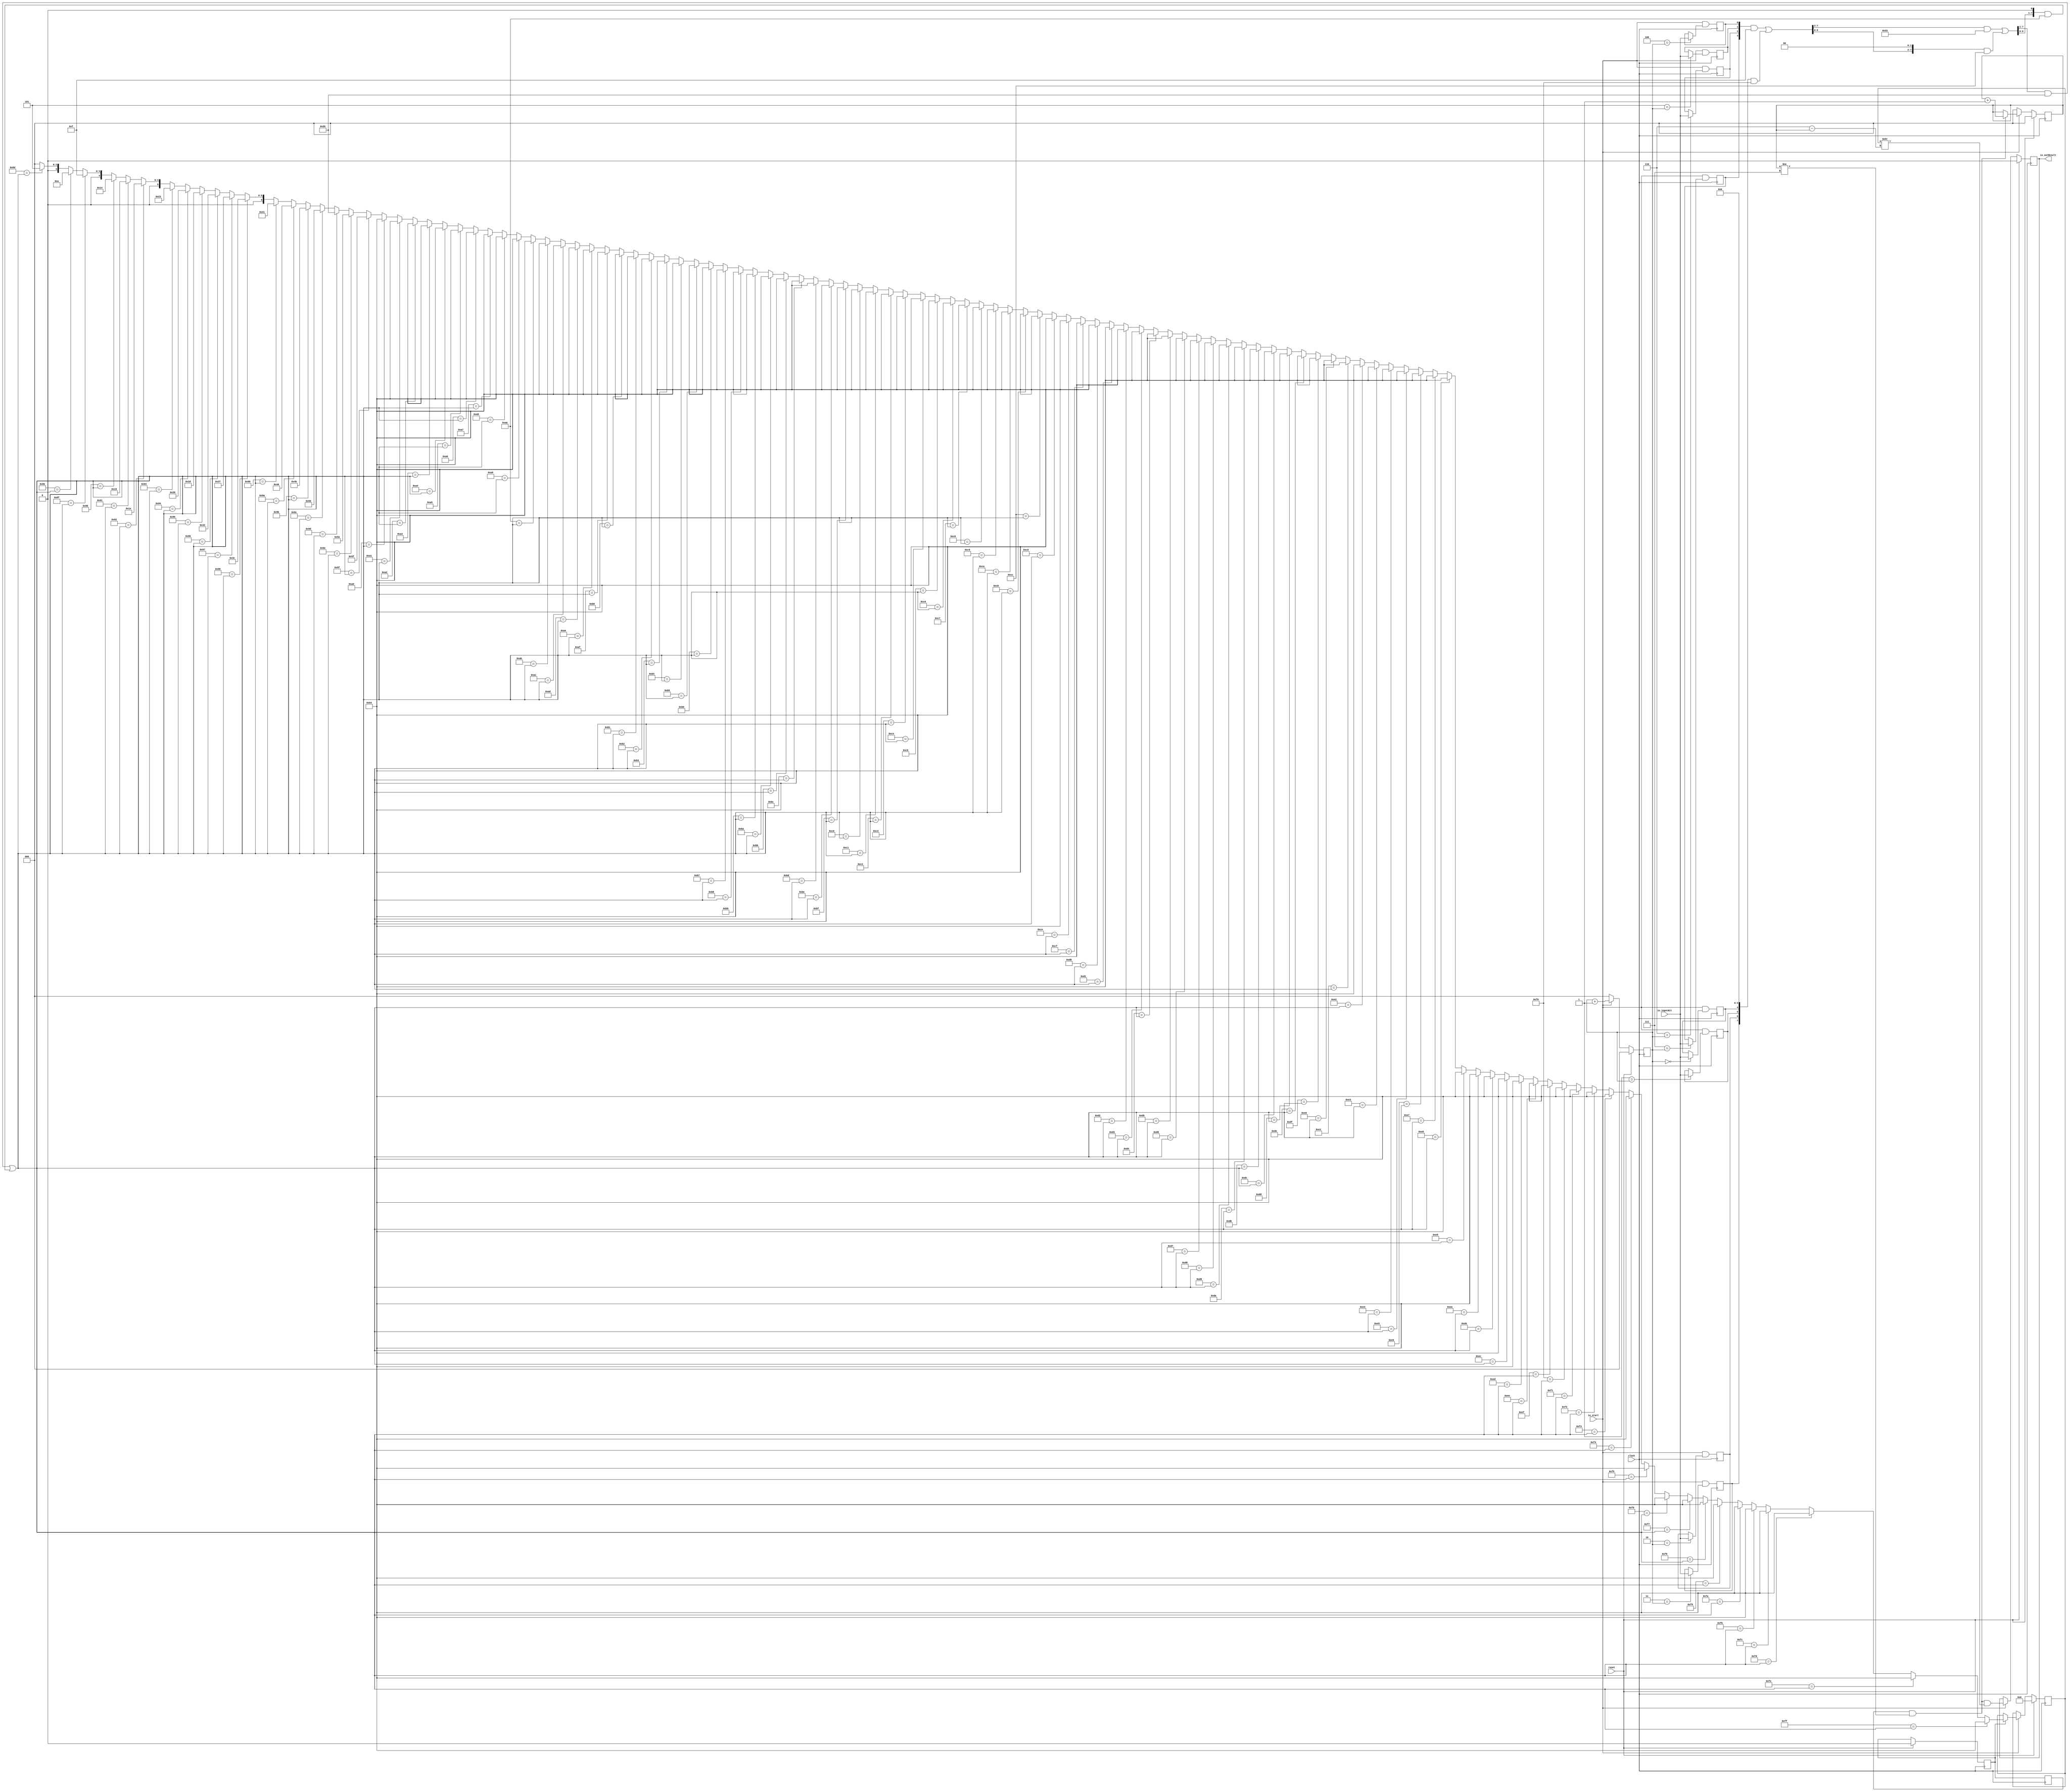
module LutMembershipFunctionOnline2_9(
  input   clock,
  input   reset,
  input   io_start,
  input   io_inputBit,
  output  io_outResult
);
  reg  buffer_0; // @[lut_mem_online2.scala 76:19]
  reg  buffer_1; // @[lut_mem_online2.scala 76:19]
  reg  buffer_2; // @[lut_mem_online2.scala 76:19]
  reg  buffer_3; // @[lut_mem_online2.scala 76:19]
  reg  buffer_4; // @[lut_mem_online2.scala 76:19]
  reg  buffer_5; // @[lut_mem_online2.scala 76:19]
  reg  buffer_6; // @[lut_mem_online2.scala 76:19]
  reg  buffer_7; // @[lut_mem_online2.scala 76:19]
  reg [6:0] outputBuffer; // @[lut_mem_online2.scala 77:29]
  reg [2:0] counter; // @[lut_mem_online2.scala 79:24]
  reg [2:0] outputCounter; // @[lut_mem_online2.scala 80:30]
  reg  isPassedDelta; // @[lut_mem_online2.scala 82:30]
  reg  isOutputValid; // @[lut_mem_online2.scala 83:30]
  reg  outResult; // @[lut_mem_online2.scala 86:26]
  wire [3:0] _GEN_309 = {{1'd0}, counter}; // @[lut_mem_online2.scala 114:22]
  wire  _GEN_0 = _GEN_309 == 4'ha | isPassedDelta; // @[lut_mem_online2.scala 114:35 115:25 82:30]
  wire  _T_3 = _GEN_309 != 4'h8; // @[lut_mem_online2.scala 121:22]
  wire  _GEN_1 = 3'h0 == counter ? io_inputBit : buffer_0; // @[lut_mem_online2.scala 123:{27,27} 76:19]
  wire  _GEN_2 = 3'h1 == counter ? io_inputBit : buffer_1; // @[lut_mem_online2.scala 123:{27,27} 76:19]
  wire  _GEN_3 = 3'h2 == counter ? io_inputBit : buffer_2; // @[lut_mem_online2.scala 123:{27,27} 76:19]
  wire  _GEN_4 = 3'h3 == counter ? io_inputBit : buffer_3; // @[lut_mem_online2.scala 123:{27,27} 76:19]
  wire  _GEN_5 = 3'h4 == counter ? io_inputBit : buffer_4; // @[lut_mem_online2.scala 123:{27,27} 76:19]
  wire  _GEN_6 = 3'h5 == counter ? io_inputBit : buffer_5; // @[lut_mem_online2.scala 123:{27,27} 76:19]
  wire  _GEN_7 = 3'h6 == counter ? io_inputBit : buffer_6; // @[lut_mem_online2.scala 123:{27,27} 76:19]
  wire  _GEN_8 = 3'h7 == counter ? io_inputBit : buffer_7; // @[lut_mem_online2.scala 123:{27,27} 76:19]
  wire  _T_5 = ~reset; // @[lut_mem_online2.scala 127:19]
  wire [2:0] _counter_T_1 = counter + 3'h1; // @[lut_mem_online2.scala 137:30]
  wire  _GEN_9 = _GEN_309 != 4'h8 ? _GEN_1 : buffer_0; // @[lut_mem_online2.scala 121:38 76:19]
  wire  _GEN_10 = _GEN_309 != 4'h8 ? _GEN_2 : buffer_1; // @[lut_mem_online2.scala 121:38 76:19]
  wire  _GEN_11 = _GEN_309 != 4'h8 ? _GEN_3 : buffer_2; // @[lut_mem_online2.scala 121:38 76:19]
  wire  _GEN_12 = _GEN_309 != 4'h8 ? _GEN_4 : buffer_3; // @[lut_mem_online2.scala 121:38 76:19]
  wire  _GEN_13 = _GEN_309 != 4'h8 ? _GEN_5 : buffer_4; // @[lut_mem_online2.scala 121:38 76:19]
  wire  _GEN_14 = _GEN_309 != 4'h8 ? _GEN_6 : buffer_5; // @[lut_mem_online2.scala 121:38 76:19]
  wire  _GEN_15 = _GEN_309 != 4'h8 ? _GEN_7 : buffer_6; // @[lut_mem_online2.scala 121:38 76:19]
  wire  _GEN_16 = _GEN_309 != 4'h8 ? _GEN_8 : buffer_7; // @[lut_mem_online2.scala 121:38 76:19]
  wire [7:0] _tempCurrentBuf_T = {buffer_7,buffer_6,buffer_5,buffer_4,buffer_3,buffer_2,buffer_1,buffer_0}; // @[lut_mem_online2.scala 145:47]
  wire [7:0] _GEN_311 = {{4'd0}, _tempCurrentBuf_T[7:4]}; // @[Bitwise.scala 108:31]
  wire [7:0] _tempCurrentBuf_T_4 = _GEN_311 & 8'hf; // @[Bitwise.scala 108:31]
  wire [7:0] _tempCurrentBuf_T_6 = {_tempCurrentBuf_T[3:0], 4'h0}; // @[Bitwise.scala 108:70]
  wire [7:0] _tempCurrentBuf_T_8 = _tempCurrentBuf_T_6 & 8'hf0; // @[Bitwise.scala 108:80]
  wire [7:0] _tempCurrentBuf_T_9 = _tempCurrentBuf_T_4 | _tempCurrentBuf_T_8; // @[Bitwise.scala 108:39]
  wire [7:0] _GEN_312 = {{2'd0}, _tempCurrentBuf_T_9[7:2]}; // @[Bitwise.scala 108:31]
  wire [7:0] _tempCurrentBuf_T_14 = _GEN_312 & 8'h33; // @[Bitwise.scala 108:31]
  wire [7:0] _tempCurrentBuf_T_16 = {_tempCurrentBuf_T_9[5:0], 2'h0}; // @[Bitwise.scala 108:70]
  wire [7:0] _tempCurrentBuf_T_18 = _tempCurrentBuf_T_16 & 8'hcc; // @[Bitwise.scala 108:80]
  wire [7:0] _tempCurrentBuf_T_19 = _tempCurrentBuf_T_14 | _tempCurrentBuf_T_18; // @[Bitwise.scala 108:39]
  wire [7:0] _GEN_313 = {{1'd0}, _tempCurrentBuf_T_19[7:1]}; // @[Bitwise.scala 108:31]
  wire [7:0] _tempCurrentBuf_T_24 = _GEN_313 & 8'h55; // @[Bitwise.scala 108:31]
  wire [7:0] _tempCurrentBuf_T_26 = {_tempCurrentBuf_T_19[6:0], 1'h0}; // @[Bitwise.scala 108:70]
  wire [7:0] _tempCurrentBuf_T_28 = _tempCurrentBuf_T_26 & 8'haa; // @[Bitwise.scala 108:80]
  wire [7:0] tempCurrentBuf = _tempCurrentBuf_T_24 | _tempCurrentBuf_T_28; // @[Bitwise.scala 108:39]
  wire [6:0] _GEN_159 = 8'h8d == tempCurrentBuf ? 7'h5 : 7'h0; // @[lut_mem_online2.scala 148:{24,24}]
  wire [6:0] _GEN_160 = 8'h8e == tempCurrentBuf ? 7'ha : _GEN_159; // @[lut_mem_online2.scala 148:{24,24}]
  wire [6:0] _GEN_161 = 8'h8f == tempCurrentBuf ? 7'hf : _GEN_160; // @[lut_mem_online2.scala 148:{24,24}]
  wire [6:0] _GEN_162 = 8'h90 == tempCurrentBuf ? 7'h14 : _GEN_161; // @[lut_mem_online2.scala 148:{24,24}]
  wire [6:0] _GEN_163 = 8'h91 == tempCurrentBuf ? 7'h19 : _GEN_162; // @[lut_mem_online2.scala 148:{24,24}]
  wire [6:0] _GEN_164 = 8'h92 == tempCurrentBuf ? 7'h1e : _GEN_163; // @[lut_mem_online2.scala 148:{24,24}]
  wire [6:0] _GEN_165 = 8'h93 == tempCurrentBuf ? 7'h23 : _GEN_164; // @[lut_mem_online2.scala 148:{24,24}]
  wire [6:0] _GEN_166 = 8'h94 == tempCurrentBuf ? 7'h28 : _GEN_165; // @[lut_mem_online2.scala 148:{24,24}]
  wire [6:0] _GEN_167 = 8'h95 == tempCurrentBuf ? 7'h2d : _GEN_166; // @[lut_mem_online2.scala 148:{24,24}]
  wire [6:0] _GEN_168 = 8'h96 == tempCurrentBuf ? 7'h32 : _GEN_167; // @[lut_mem_online2.scala 148:{24,24}]
  wire [6:0] _GEN_169 = 8'h97 == tempCurrentBuf ? 7'h37 : _GEN_168; // @[lut_mem_online2.scala 148:{24,24}]
  wire [6:0] _GEN_170 = 8'h98 == tempCurrentBuf ? 7'h3c : _GEN_169; // @[lut_mem_online2.scala 148:{24,24}]
  wire [6:0] _GEN_171 = 8'h99 == tempCurrentBuf ? 7'h41 : _GEN_170; // @[lut_mem_online2.scala 148:{24,24}]
  wire [6:0] _GEN_172 = 8'h9a == tempCurrentBuf ? 7'h46 : _GEN_171; // @[lut_mem_online2.scala 148:{24,24}]
  wire [6:0] _GEN_173 = 8'h9b == tempCurrentBuf ? 7'h4b : _GEN_172; // @[lut_mem_online2.scala 148:{24,24}]
  wire [6:0] _GEN_174 = 8'h9c == tempCurrentBuf ? 7'h50 : _GEN_173; // @[lut_mem_online2.scala 148:{24,24}]
  wire [6:0] _GEN_175 = 8'h9d == tempCurrentBuf ? 7'h55 : _GEN_174; // @[lut_mem_online2.scala 148:{24,24}]
  wire [6:0] _GEN_176 = 8'h9e == tempCurrentBuf ? 7'h5a : _GEN_175; // @[lut_mem_online2.scala 148:{24,24}]
  wire [6:0] _GEN_177 = 8'h9f == tempCurrentBuf ? 7'h5f : _GEN_176; // @[lut_mem_online2.scala 148:{24,24}]
  wire [6:0] _GEN_178 = 8'ha0 == tempCurrentBuf ? 7'h64 : _GEN_177; // @[lut_mem_online2.scala 148:{24,24}]
  wire [6:0] _GEN_179 = 8'ha1 == tempCurrentBuf ? 7'h64 : _GEN_178; // @[lut_mem_online2.scala 148:{24,24}]
  wire [6:0] _GEN_180 = 8'ha2 == tempCurrentBuf ? 7'h64 : _GEN_179; // @[lut_mem_online2.scala 148:{24,24}]
  wire [6:0] _GEN_181 = 8'ha3 == tempCurrentBuf ? 7'h64 : _GEN_180; // @[lut_mem_online2.scala 148:{24,24}]
  wire [6:0] _GEN_182 = 8'ha4 == tempCurrentBuf ? 7'h64 : _GEN_181; // @[lut_mem_online2.scala 148:{24,24}]
  wire [6:0] _GEN_183 = 8'ha5 == tempCurrentBuf ? 7'h64 : _GEN_182; // @[lut_mem_online2.scala 148:{24,24}]
  wire [6:0] _GEN_184 = 8'ha6 == tempCurrentBuf ? 7'h64 : _GEN_183; // @[lut_mem_online2.scala 148:{24,24}]
  wire [6:0] _GEN_185 = 8'ha7 == tempCurrentBuf ? 7'h64 : _GEN_184; // @[lut_mem_online2.scala 148:{24,24}]
  wire [6:0] _GEN_186 = 8'ha8 == tempCurrentBuf ? 7'h64 : _GEN_185; // @[lut_mem_online2.scala 148:{24,24}]
  wire [6:0] _GEN_187 = 8'ha9 == tempCurrentBuf ? 7'h64 : _GEN_186; // @[lut_mem_online2.scala 148:{24,24}]
  wire [6:0] _GEN_188 = 8'haa == tempCurrentBuf ? 7'h64 : _GEN_187; // @[lut_mem_online2.scala 148:{24,24}]
  wire [6:0] _GEN_189 = 8'hab == tempCurrentBuf ? 7'h64 : _GEN_188; // @[lut_mem_online2.scala 148:{24,24}]
  wire [6:0] _GEN_190 = 8'hac == tempCurrentBuf ? 7'h64 : _GEN_189; // @[lut_mem_online2.scala 148:{24,24}]
  wire [6:0] _GEN_191 = 8'had == tempCurrentBuf ? 7'h64 : _GEN_190; // @[lut_mem_online2.scala 148:{24,24}]
  wire [6:0] _GEN_192 = 8'hae == tempCurrentBuf ? 7'h64 : _GEN_191; // @[lut_mem_online2.scala 148:{24,24}]
  wire [6:0] _GEN_193 = 8'haf == tempCurrentBuf ? 7'h64 : _GEN_192; // @[lut_mem_online2.scala 148:{24,24}]
  wire [6:0] _GEN_194 = 8'hb0 == tempCurrentBuf ? 7'h64 : _GEN_193; // @[lut_mem_online2.scala 148:{24,24}]
  wire [6:0] _GEN_195 = 8'hb1 == tempCurrentBuf ? 7'h64 : _GEN_194; // @[lut_mem_online2.scala 148:{24,24}]
  wire [6:0] _GEN_196 = 8'hb2 == tempCurrentBuf ? 7'h64 : _GEN_195; // @[lut_mem_online2.scala 148:{24,24}]
  wire [6:0] _GEN_197 = 8'hb3 == tempCurrentBuf ? 7'h64 : _GEN_196; // @[lut_mem_online2.scala 148:{24,24}]
  wire [6:0] _GEN_198 = 8'hb4 == tempCurrentBuf ? 7'h64 : _GEN_197; // @[lut_mem_online2.scala 148:{24,24}]
  wire [6:0] _GEN_199 = 8'hb5 == tempCurrentBuf ? 7'h64 : _GEN_198; // @[lut_mem_online2.scala 148:{24,24}]
  wire [6:0] _GEN_200 = 8'hb6 == tempCurrentBuf ? 7'h64 : _GEN_199; // @[lut_mem_online2.scala 148:{24,24}]
  wire [6:0] _GEN_201 = 8'hb7 == tempCurrentBuf ? 7'h64 : _GEN_200; // @[lut_mem_online2.scala 148:{24,24}]
  wire [6:0] _GEN_202 = 8'hb8 == tempCurrentBuf ? 7'h64 : _GEN_201; // @[lut_mem_online2.scala 148:{24,24}]
  wire [6:0] _GEN_203 = 8'hb9 == tempCurrentBuf ? 7'h64 : _GEN_202; // @[lut_mem_online2.scala 148:{24,24}]
  wire [6:0] _GEN_204 = 8'hba == tempCurrentBuf ? 7'h64 : _GEN_203; // @[lut_mem_online2.scala 148:{24,24}]
  wire [6:0] _GEN_205 = 8'hbb == tempCurrentBuf ? 7'h64 : _GEN_204; // @[lut_mem_online2.scala 148:{24,24}]
  wire [6:0] _GEN_206 = 8'hbc == tempCurrentBuf ? 7'h64 : _GEN_205; // @[lut_mem_online2.scala 148:{24,24}]
  wire [6:0] _GEN_207 = 8'hbd == tempCurrentBuf ? 7'h64 : _GEN_206; // @[lut_mem_online2.scala 148:{24,24}]
  wire [6:0] _GEN_208 = 8'hbe == tempCurrentBuf ? 7'h64 : _GEN_207; // @[lut_mem_online2.scala 148:{24,24}]
  wire [6:0] _GEN_209 = 8'hbf == tempCurrentBuf ? 7'h64 : _GEN_208; // @[lut_mem_online2.scala 148:{24,24}]
  wire [6:0] _GEN_210 = 8'hc0 == tempCurrentBuf ? 7'h64 : _GEN_209; // @[lut_mem_online2.scala 148:{24,24}]
  wire [6:0] _GEN_211 = 8'hc1 == tempCurrentBuf ? 7'h64 : _GEN_210; // @[lut_mem_online2.scala 148:{24,24}]
  wire [6:0] _GEN_212 = 8'hc2 == tempCurrentBuf ? 7'h64 : _GEN_211; // @[lut_mem_online2.scala 148:{24,24}]
  wire [6:0] _GEN_213 = 8'hc3 == tempCurrentBuf ? 7'h64 : _GEN_212; // @[lut_mem_online2.scala 148:{24,24}]
  wire [6:0] _GEN_214 = 8'hc4 == tempCurrentBuf ? 7'h64 : _GEN_213; // @[lut_mem_online2.scala 148:{24,24}]
  wire [6:0] _GEN_215 = 8'hc5 == tempCurrentBuf ? 7'h64 : _GEN_214; // @[lut_mem_online2.scala 148:{24,24}]
  wire [6:0] _GEN_216 = 8'hc6 == tempCurrentBuf ? 7'h64 : _GEN_215; // @[lut_mem_online2.scala 148:{24,24}]
  wire [6:0] _GEN_217 = 8'hc7 == tempCurrentBuf ? 7'h64 : _GEN_216; // @[lut_mem_online2.scala 148:{24,24}]
  wire [6:0] _GEN_218 = 8'hc8 == tempCurrentBuf ? 7'h64 : _GEN_217; // @[lut_mem_online2.scala 148:{24,24}]
  wire [6:0] _GEN_219 = 8'hc9 == tempCurrentBuf ? 7'h64 : _GEN_218; // @[lut_mem_online2.scala 148:{24,24}]
  wire [6:0] _GEN_220 = 8'hca == tempCurrentBuf ? 7'h64 : _GEN_219; // @[lut_mem_online2.scala 148:{24,24}]
  wire [6:0] _GEN_221 = 8'hcb == tempCurrentBuf ? 7'h64 : _GEN_220; // @[lut_mem_online2.scala 148:{24,24}]
  wire [6:0] _GEN_222 = 8'hcc == tempCurrentBuf ? 7'h64 : _GEN_221; // @[lut_mem_online2.scala 148:{24,24}]
  wire [6:0] _GEN_223 = 8'hcd == tempCurrentBuf ? 7'h64 : _GEN_222; // @[lut_mem_online2.scala 148:{24,24}]
  wire [6:0] _GEN_224 = 8'hce == tempCurrentBuf ? 7'h64 : _GEN_223; // @[lut_mem_online2.scala 148:{24,24}]
  wire [6:0] _GEN_225 = 8'hcf == tempCurrentBuf ? 7'h64 : _GEN_224; // @[lut_mem_online2.scala 148:{24,24}]
  wire [6:0] _GEN_226 = 8'hd0 == tempCurrentBuf ? 7'h64 : _GEN_225; // @[lut_mem_online2.scala 148:{24,24}]
  wire [6:0] _GEN_227 = 8'hd1 == tempCurrentBuf ? 7'h64 : _GEN_226; // @[lut_mem_online2.scala 148:{24,24}]
  wire [6:0] _GEN_228 = 8'hd2 == tempCurrentBuf ? 7'h64 : _GEN_227; // @[lut_mem_online2.scala 148:{24,24}]
  wire [6:0] _GEN_229 = 8'hd3 == tempCurrentBuf ? 7'h64 : _GEN_228; // @[lut_mem_online2.scala 148:{24,24}]
  wire [6:0] _GEN_230 = 8'hd4 == tempCurrentBuf ? 7'h64 : _GEN_229; // @[lut_mem_online2.scala 148:{24,24}]
  wire [6:0] _GEN_231 = 8'hd5 == tempCurrentBuf ? 7'h64 : _GEN_230; // @[lut_mem_online2.scala 148:{24,24}]
  wire [6:0] _GEN_232 = 8'hd6 == tempCurrentBuf ? 7'h64 : _GEN_231; // @[lut_mem_online2.scala 148:{24,24}]
  wire [6:0] _GEN_233 = 8'hd7 == tempCurrentBuf ? 7'h64 : _GEN_232; // @[lut_mem_online2.scala 148:{24,24}]
  wire [6:0] _GEN_234 = 8'hd8 == tempCurrentBuf ? 7'h64 : _GEN_233; // @[lut_mem_online2.scala 148:{24,24}]
  wire [6:0] _GEN_235 = 8'hd9 == tempCurrentBuf ? 7'h64 : _GEN_234; // @[lut_mem_online2.scala 148:{24,24}]
  wire [6:0] _GEN_236 = 8'hda == tempCurrentBuf ? 7'h64 : _GEN_235; // @[lut_mem_online2.scala 148:{24,24}]
  wire [6:0] _GEN_237 = 8'hdb == tempCurrentBuf ? 7'h64 : _GEN_236; // @[lut_mem_online2.scala 148:{24,24}]
  wire [6:0] _GEN_238 = 8'hdc == tempCurrentBuf ? 7'h64 : _GEN_237; // @[lut_mem_online2.scala 148:{24,24}]
  wire [6:0] _GEN_239 = 8'hdd == tempCurrentBuf ? 7'h64 : _GEN_238; // @[lut_mem_online2.scala 148:{24,24}]
  wire [6:0] _GEN_240 = 8'hde == tempCurrentBuf ? 7'h64 : _GEN_239; // @[lut_mem_online2.scala 148:{24,24}]
  wire [6:0] _GEN_241 = 8'hdf == tempCurrentBuf ? 7'h64 : _GEN_240; // @[lut_mem_online2.scala 148:{24,24}]
  wire [6:0] _GEN_242 = 8'he0 == tempCurrentBuf ? 7'h64 : _GEN_241; // @[lut_mem_online2.scala 148:{24,24}]
  wire [6:0] _GEN_243 = 8'he1 == tempCurrentBuf ? 7'h64 : _GEN_242; // @[lut_mem_online2.scala 148:{24,24}]
  wire [6:0] _GEN_244 = 8'he2 == tempCurrentBuf ? 7'h64 : _GEN_243; // @[lut_mem_online2.scala 148:{24,24}]
  wire [6:0] _GEN_245 = 8'he3 == tempCurrentBuf ? 7'h64 : _GEN_244; // @[lut_mem_online2.scala 148:{24,24}]
  wire [6:0] _GEN_246 = 8'he4 == tempCurrentBuf ? 7'h64 : _GEN_245; // @[lut_mem_online2.scala 148:{24,24}]
  wire [6:0] _GEN_247 = 8'he5 == tempCurrentBuf ? 7'h64 : _GEN_246; // @[lut_mem_online2.scala 148:{24,24}]
  wire [6:0] _GEN_248 = 8'he6 == tempCurrentBuf ? 7'h64 : _GEN_247; // @[lut_mem_online2.scala 148:{24,24}]
  wire [6:0] _GEN_249 = 8'he7 == tempCurrentBuf ? 7'h64 : _GEN_248; // @[lut_mem_online2.scala 148:{24,24}]
  wire [6:0] _GEN_250 = 8'he8 == tempCurrentBuf ? 7'h64 : _GEN_249; // @[lut_mem_online2.scala 148:{24,24}]
  wire [6:0] _GEN_251 = 8'he9 == tempCurrentBuf ? 7'h64 : _GEN_250; // @[lut_mem_online2.scala 148:{24,24}]
  wire [6:0] _GEN_252 = 8'hea == tempCurrentBuf ? 7'h64 : _GEN_251; // @[lut_mem_online2.scala 148:{24,24}]
  wire [6:0] _GEN_253 = 8'heb == tempCurrentBuf ? 7'h64 : _GEN_252; // @[lut_mem_online2.scala 148:{24,24}]
  wire [6:0] _GEN_254 = 8'hec == tempCurrentBuf ? 7'h64 : _GEN_253; // @[lut_mem_online2.scala 148:{24,24}]
  wire [6:0] _GEN_255 = 8'hed == tempCurrentBuf ? 7'h64 : _GEN_254; // @[lut_mem_online2.scala 148:{24,24}]
  wire [6:0] _GEN_256 = 8'hee == tempCurrentBuf ? 7'h64 : _GEN_255; // @[lut_mem_online2.scala 148:{24,24}]
  wire [6:0] _GEN_257 = 8'hef == tempCurrentBuf ? 7'h64 : _GEN_256; // @[lut_mem_online2.scala 148:{24,24}]
  wire [6:0] _GEN_258 = 8'hf0 == tempCurrentBuf ? 7'h64 : _GEN_257; // @[lut_mem_online2.scala 148:{24,24}]
  wire [6:0] _GEN_259 = 8'hf1 == tempCurrentBuf ? 7'h64 : _GEN_258; // @[lut_mem_online2.scala 148:{24,24}]
  wire [6:0] _GEN_260 = 8'hf2 == tempCurrentBuf ? 7'h64 : _GEN_259; // @[lut_mem_online2.scala 148:{24,24}]
  wire [6:0] _GEN_261 = 8'hf3 == tempCurrentBuf ? 7'h64 : _GEN_260; // @[lut_mem_online2.scala 148:{24,24}]
  wire [6:0] _GEN_262 = 8'hf4 == tempCurrentBuf ? 7'h64 : _GEN_261; // @[lut_mem_online2.scala 148:{24,24}]
  wire [6:0] _GEN_263 = 8'hf5 == tempCurrentBuf ? 7'h64 : _GEN_262; // @[lut_mem_online2.scala 148:{24,24}]
  wire [6:0] _GEN_264 = 8'hf6 == tempCurrentBuf ? 7'h64 : _GEN_263; // @[lut_mem_online2.scala 148:{24,24}]
  wire [6:0] _GEN_265 = 8'hf7 == tempCurrentBuf ? 7'h64 : _GEN_264; // @[lut_mem_online2.scala 148:{24,24}]
  wire [6:0] _GEN_266 = 8'hf8 == tempCurrentBuf ? 7'h64 : _GEN_265; // @[lut_mem_online2.scala 148:{24,24}]
  wire [6:0] _GEN_267 = 8'hf9 == tempCurrentBuf ? 7'h64 : _GEN_266; // @[lut_mem_online2.scala 148:{24,24}]
  wire [6:0] _GEN_268 = 8'hfa == tempCurrentBuf ? 7'h64 : _GEN_267; // @[lut_mem_online2.scala 148:{24,24}]
  wire [6:0] _GEN_269 = 8'hfb == tempCurrentBuf ? 7'h64 : _GEN_268; // @[lut_mem_online2.scala 148:{24,24}]
  wire [6:0] _GEN_270 = 8'hfc == tempCurrentBuf ? 7'h64 : _GEN_269; // @[lut_mem_online2.scala 148:{24,24}]
  wire [6:0] _GEN_271 = 8'hfd == tempCurrentBuf ? 7'h64 : _GEN_270; // @[lut_mem_online2.scala 148:{24,24}]
  wire [6:0] _GEN_272 = 8'hfe == tempCurrentBuf ? 7'h64 : _GEN_271; // @[lut_mem_online2.scala 148:{24,24}]
  wire [6:0] _GEN_273 = 8'hff == tempCurrentBuf ? 7'h64 : _GEN_272; // @[lut_mem_online2.scala 148:{24,24}]
  wire [2:0] _outResult_T_1 = 3'h6 - outputCounter; // @[lut_mem_online2.scala 165:60]
  wire [6:0] _outResult_T_2 = outputBuffer >> _outResult_T_1; // @[lut_mem_online2.scala 165:36]
  wire [2:0] _outputCounter_T_1 = outputCounter + 3'h1; // @[lut_mem_online2.scala 167:42]
  wire  _GEN_275 = isOutputValid & outputCounter != 3'h7 & _outResult_T_2[0]; // @[lut_mem_online2.scala 163:78 165:21 172:23]
  assign io_outResult = outResult; // @[lut_mem_online2.scala 209:16]
  always @(posedge clock) begin
    buffer_0 <= io_start & _GEN_9; // @[lut_mem_online2.scala 198:17 98:29]
    buffer_1 <= io_start & _GEN_10; // @[lut_mem_online2.scala 198:17 98:29]
    buffer_2 <= io_start & _GEN_11; // @[lut_mem_online2.scala 198:17 98:29]
    buffer_3 <= io_start & _GEN_12; // @[lut_mem_online2.scala 198:17 98:29]
    buffer_4 <= io_start & _GEN_13; // @[lut_mem_online2.scala 198:17 98:29]
    buffer_5 <= io_start & _GEN_14; // @[lut_mem_online2.scala 198:17 98:29]
    buffer_6 <= io_start & _GEN_15; // @[lut_mem_online2.scala 198:17 98:29]
    buffer_7 <= io_start & _GEN_16; // @[lut_mem_online2.scala 198:17 98:29]
    if (reset) begin // @[lut_mem_online2.scala 77:29]
      outputBuffer <= 7'h0; // @[lut_mem_online2.scala 77:29]
    end else if (io_start) begin // @[lut_mem_online2.scala 98:29]
      if (isPassedDelta) begin // @[lut_mem_online2.scala 143:40]
        if (8'hff == tempCurrentBuf) begin // @[lut_mem_online2.scala 148:24]
          outputBuffer <= 7'h64; // @[lut_mem_online2.scala 148:24]
        end else begin
          outputBuffer <= _GEN_272;
        end
      end
    end
    if (reset) begin // @[lut_mem_online2.scala 79:24]
      counter <= 3'h0; // @[lut_mem_online2.scala 79:24]
    end else if (io_start) begin // @[lut_mem_online2.scala 98:29]
      if (_GEN_309 != 4'h8) begin // @[lut_mem_online2.scala 121:38]
        counter <= _counter_T_1; // @[lut_mem_online2.scala 137:19]
      end
    end else begin
      counter <= 3'h0; // @[lut_mem_online2.scala 194:13]
    end
    if (reset) begin // @[lut_mem_online2.scala 80:30]
      outputCounter <= 3'h0; // @[lut_mem_online2.scala 80:30]
    end else if (io_start) begin // @[lut_mem_online2.scala 98:29]
      if (isOutputValid & outputCounter != 3'h7) begin // @[lut_mem_online2.scala 163:78]
        outputCounter <= _outputCounter_T_1; // @[lut_mem_online2.scala 167:25]
      end
    end else begin
      outputCounter <= 3'h0; // @[lut_mem_online2.scala 195:19]
    end
    if (reset) begin // @[lut_mem_online2.scala 82:30]
      isPassedDelta <= 1'h0; // @[lut_mem_online2.scala 82:30]
    end else if (io_start) begin // @[lut_mem_online2.scala 98:29]
      isPassedDelta <= _GEN_0;
    end
    isOutputValid <= isPassedDelta; // @[lut_mem_online2.scala 83:30]
    if (reset) begin // @[lut_mem_online2.scala 86:26]
      outResult <= 1'h0; // @[lut_mem_online2.scala 86:26]
    end else if (io_start) begin // @[lut_mem_online2.scala 98:29]
      outResult <= _GEN_275;
    end
    `ifndef SYNTHESIS
    `ifdef PRINTF_COND
      if (`PRINTF_COND) begin
    `endif
        if (io_start & _T_3 & ~reset) begin
          $fwrite(32'h80000002,"buffer(%d) = %d\n",counter,io_inputBit); // @[lut_mem_online2.scala 127:19]
        end
    `ifdef PRINTF_COND
      end
    `endif
    `endif // SYNTHESIS
    `ifndef SYNTHESIS
    `ifdef PRINTF_COND
      if (`PRINTF_COND) begin
    `endif
        if (io_start & isPassedDelta & _T_5) begin
          $fwrite(32'h80000002,"lut(%d) = %d\n",tempCurrentBuf,_GEN_273); // @[lut_mem_online2.scala 152:19]
        end
    `ifdef PRINTF_COND
      end
    `endif
    `endif // SYNTHESIS
  end
endmodule